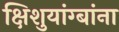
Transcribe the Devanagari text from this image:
क्षिशुयांग्बांना